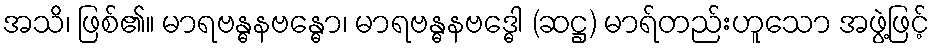
အသိ၊ ဖြစ်၏။ မာရဗန္ဓနဗန္ဓော၊ မာရဗန္ဓနဗဒ္ဓေါ (ဆဋ္ဌ) မာရ်တည်းဟူသော အဖွဲ့ဖြင့်